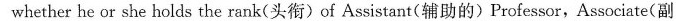
whether he or she holds the rank(头衔)of Assistant(辅助的)Professor,Associate(副